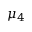
\mu _ { 4 }